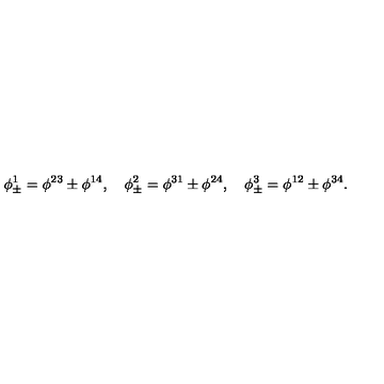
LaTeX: \phi _ { \pm } ^ { 1 } = \phi ^ { 2 3 } \pm \phi ^ { 1 4 } , \quad \phi _ { \pm } ^ { 2 } = \phi ^ { 3 1 } \pm \phi ^ { 2 4 } , \quad \phi _ { \pm } ^ { 3 } = \phi ^ { 1 2 } \pm \phi ^ { 3 4 } .